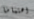
اهتماما